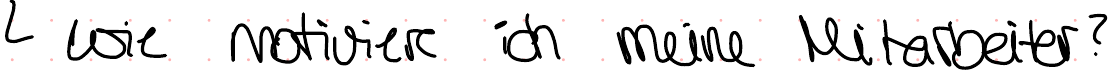
wie motiviere ich meine Mitarbeiter?